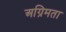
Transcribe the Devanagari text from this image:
अग्रिमता